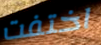
اختفت